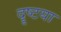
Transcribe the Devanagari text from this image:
दॄष्टया